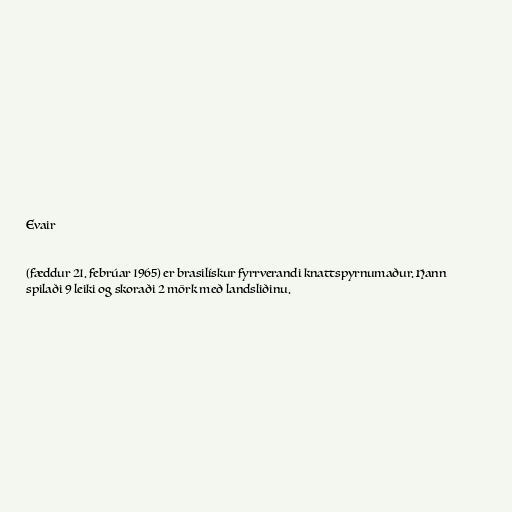
Evair

(fæddur 21. febrúar 1965) er brasilískur fyrrverandi knattspyrnumaður. Hann
spilaði 9 leiki og skoraði 2 mörk með landsliðinu.